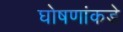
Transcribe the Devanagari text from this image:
घोषणांकडे